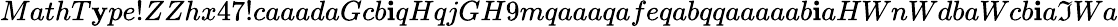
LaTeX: MathT\mathbf{y}pe!ZZhx47!caaadaGcb\mathbf{i}qHqjGH9mqaaaqafeqabqqaaaaab\mathbf{i}aHWnWdbaWcb\mathbf{i}a\mathfrak{I}Wa